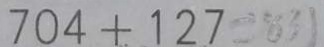
7 0 4 + 1 2 7 = 8 3 1